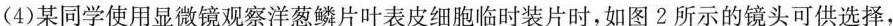
(4)某同学使用显微镜观察洋葱鳞片叶表皮细胞临时装片时，如图2所示的镜头可供选择，